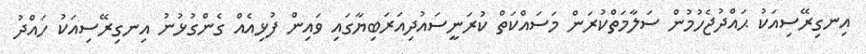
އިނގިރޭސިއަކު ޙައްދުޖެހުމުން ސަލާމަތްކުރަން މަސައްކަތް ކުރަނީސައުދިއަރަބިޔާގައި ވައިން ފުޅިއެއް ގެންގުޅުނު އިނގިރޭސިއަކު ހައްދު